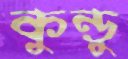
কুন্ডু